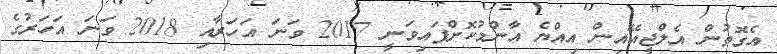
އެގޮތުން އެލްޖީއޭއިން އިއްޔެ އާންމުކޮށްފައިވަނީ 2017 ވަނަ އަހަރާއި 2018 ވަނަ އަހަރުގެ